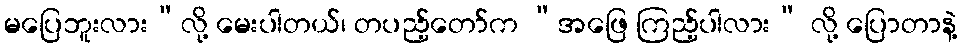
မပြေဘူးလား”လို့ မေးပါတယ်၊ တပည့်တော်က “အဖြေ ကြည့်ပါလား” လို့ ပြောတာနဲ့